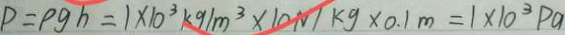
P = \rho g h = 1 \times 1 0 ^ { 3 } k g / m ^ { 3 } \times 1 0 N / k g \times 0 . 1 m = 1 \times 1 0 ^ { 3 } P a